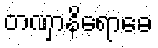
တဏှာနိရောဓေ